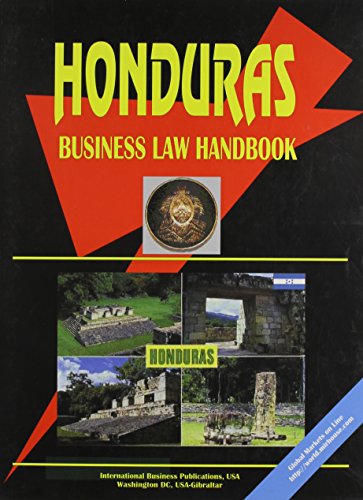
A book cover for Honduras Business Law Handbook; Ibp Usa; Travel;